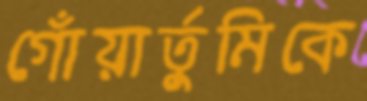
গোঁয়ার্তুমিকে